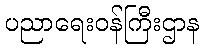
ပညာရေးဝန်ကြီးဌာန